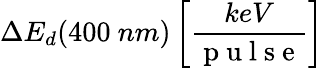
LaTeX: \Delta E_{d}(400~nm)\left[\frac{keV}{\mathrm{~p~u~l~s~e~}}\right]